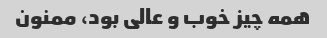
همه چیز خوب و عالی بود، ممنون